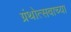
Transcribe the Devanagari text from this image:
ग्रंथोत्सवाच्या